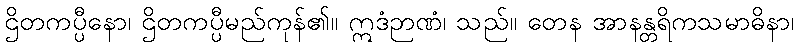
ဌိတကပ္ပီနော၊ ဌိတကပ္ပီမည်ကုန်၏။ ဣဒံဉာဏံ၊ သည်။ တေန အာနန္တရိကသမာဓိနာ၊